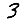
Digit: 3